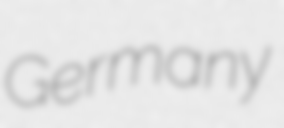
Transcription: Germany